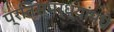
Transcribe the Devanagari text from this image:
प्रतिस्पर्ध्यांमधे